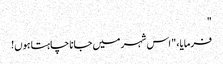
"
فرمایا، " اس شہر میں جانا چاہتا ہوں!